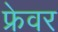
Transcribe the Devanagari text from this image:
फ्रेवर